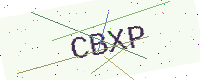
Text: CBXP